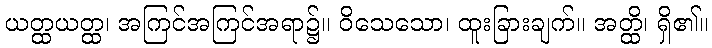
ယတ္ထယတ္ထ၊ အကြင်အကြင်အရာ၌။ ဝိသေသော၊ ထူးခြားချက်။ အတ္ထိ၊ ရှိ၏။